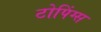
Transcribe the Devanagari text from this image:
टोपिंग्स